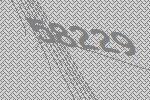
58229